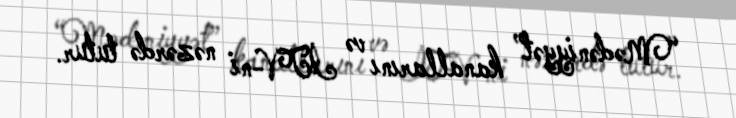
“Mədəniyyət” kanallarını və İTV-ni nəzərdə tutur.